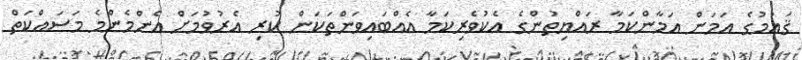
ޤައުމުގެ އަމަން އަމާންކަމާ ރައްޔިތުންގެ އެކުވެރިކަމާ އެއްބައިވަންތަކަން ކުރި އެރުވުމަށް އެންމެންމެ މަސައްކަތް